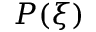
P ( \xi )